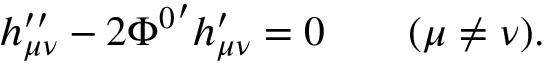
h _ { \mu \nu } ^ { \prime \prime } - 2 { \Phi ^ { 0 } } ^ { \prime } h _ { \mu \nu } ^ { \prime } = 0 \qquad ( \mu \neq \nu ) .